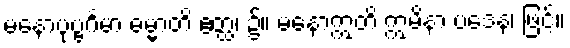
မနောပုဗ္ဗင်္ဂမာ ဓမ္မာတိ ဧတ္ထ၊ ၌။ မနောဣတိ ဣမိနာ ပဒေန၊ ဖြင့်။